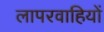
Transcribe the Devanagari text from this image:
लापरवाहियों